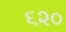
૬૨૦